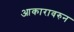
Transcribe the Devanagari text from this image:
आकारावरुन